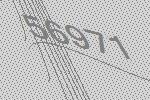
56971